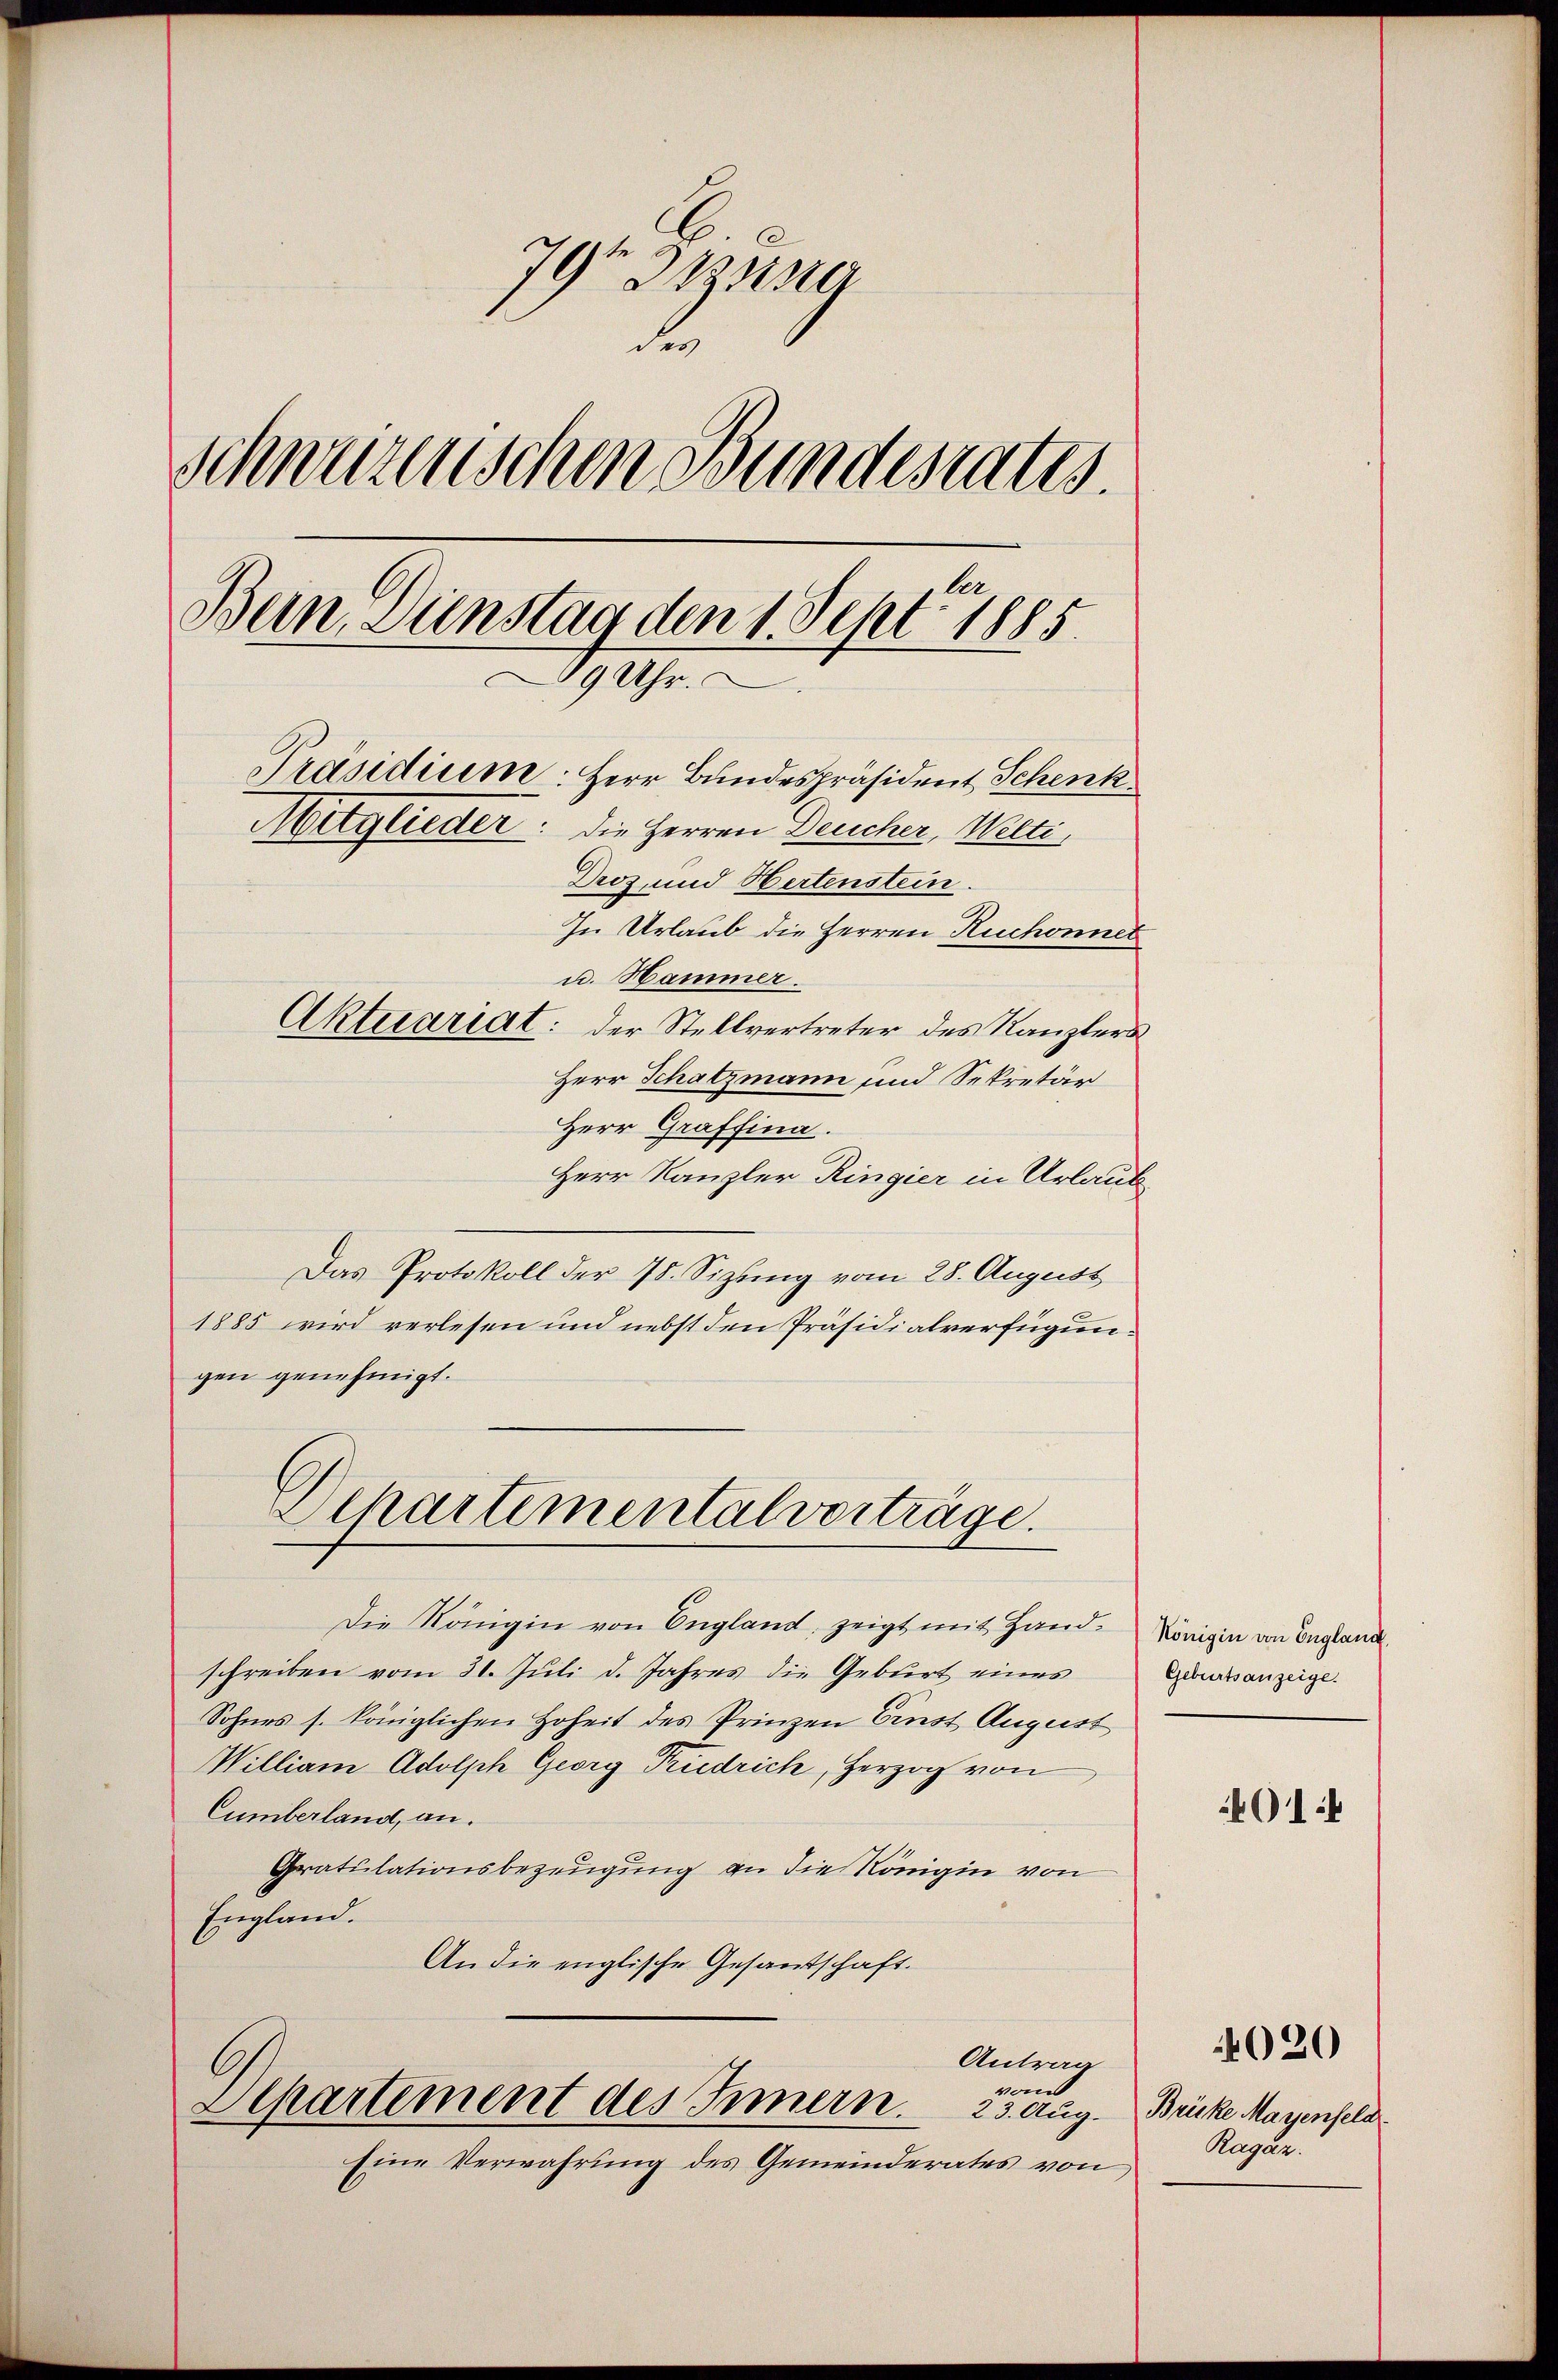
.
79t Seitsra
d
schweizerischen Bundesrates.
Buin, Dunstag den 1. Sept. 1885
69 Uhr.
Präsidium. Herr Bundespräsident Schenk
Mitglieder: die Herren Deucher, Welti
Droz, und Hertenstein.
In Urlaub die Herren Ruchonnet
u. Hammer.
Aktuariat: der Stellvertreter des Kanzlers
Herr Schatzmann und Sekretär

Herr Graffina.
Herr Kanzler Ringier in Urlaut
Das Protokoll der 78. Sizung vom 28. August
1885 wird verlesen und nebst den Präsidialverfügungen genehmigt.
Schartemental vorträge.
Die Königin von England, zeigt mit Hand. Königin von England
schreiben vom 31. Juli d. Jahres die Geburt eines
Sohnes s. königlichen Hoheit des Prinzen Einst August
William Adolph Georg Pudrich, Herzog von
Cumberland, an.
Gratulationsbezeugung an die Königin von
England.
An die englische Gesandschaft.

Antrag
von
Separtement des Innern. 23. Aug.

Eine Verwahrung des Gemeinderates von

Geburtsanzeige.

4014

Brüke Mayenfeld
Ragaz.

4020